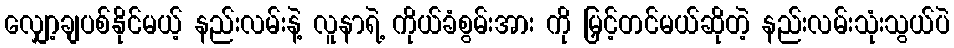
လျှော့ချပစ်နိုင်မယ့် နည်းလမ်းနဲ့ လူနာရဲ့ ကိုယ်ခံစွမ်းအား ကို မြှင့်တင်မယ်ဆိုတဲ့ နည်းလမ်းသုံးသွယ်ပဲ